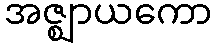
အဇ္ဈာယကော